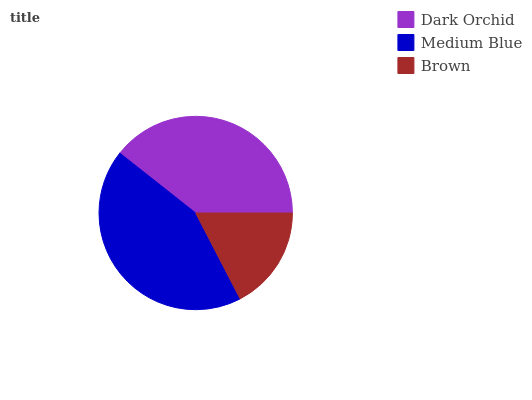
| Dark Orchid | Medium Blue | Brown |
 | --- | --- | --- |
 | 39.3% | 43.3% | 17.4% |